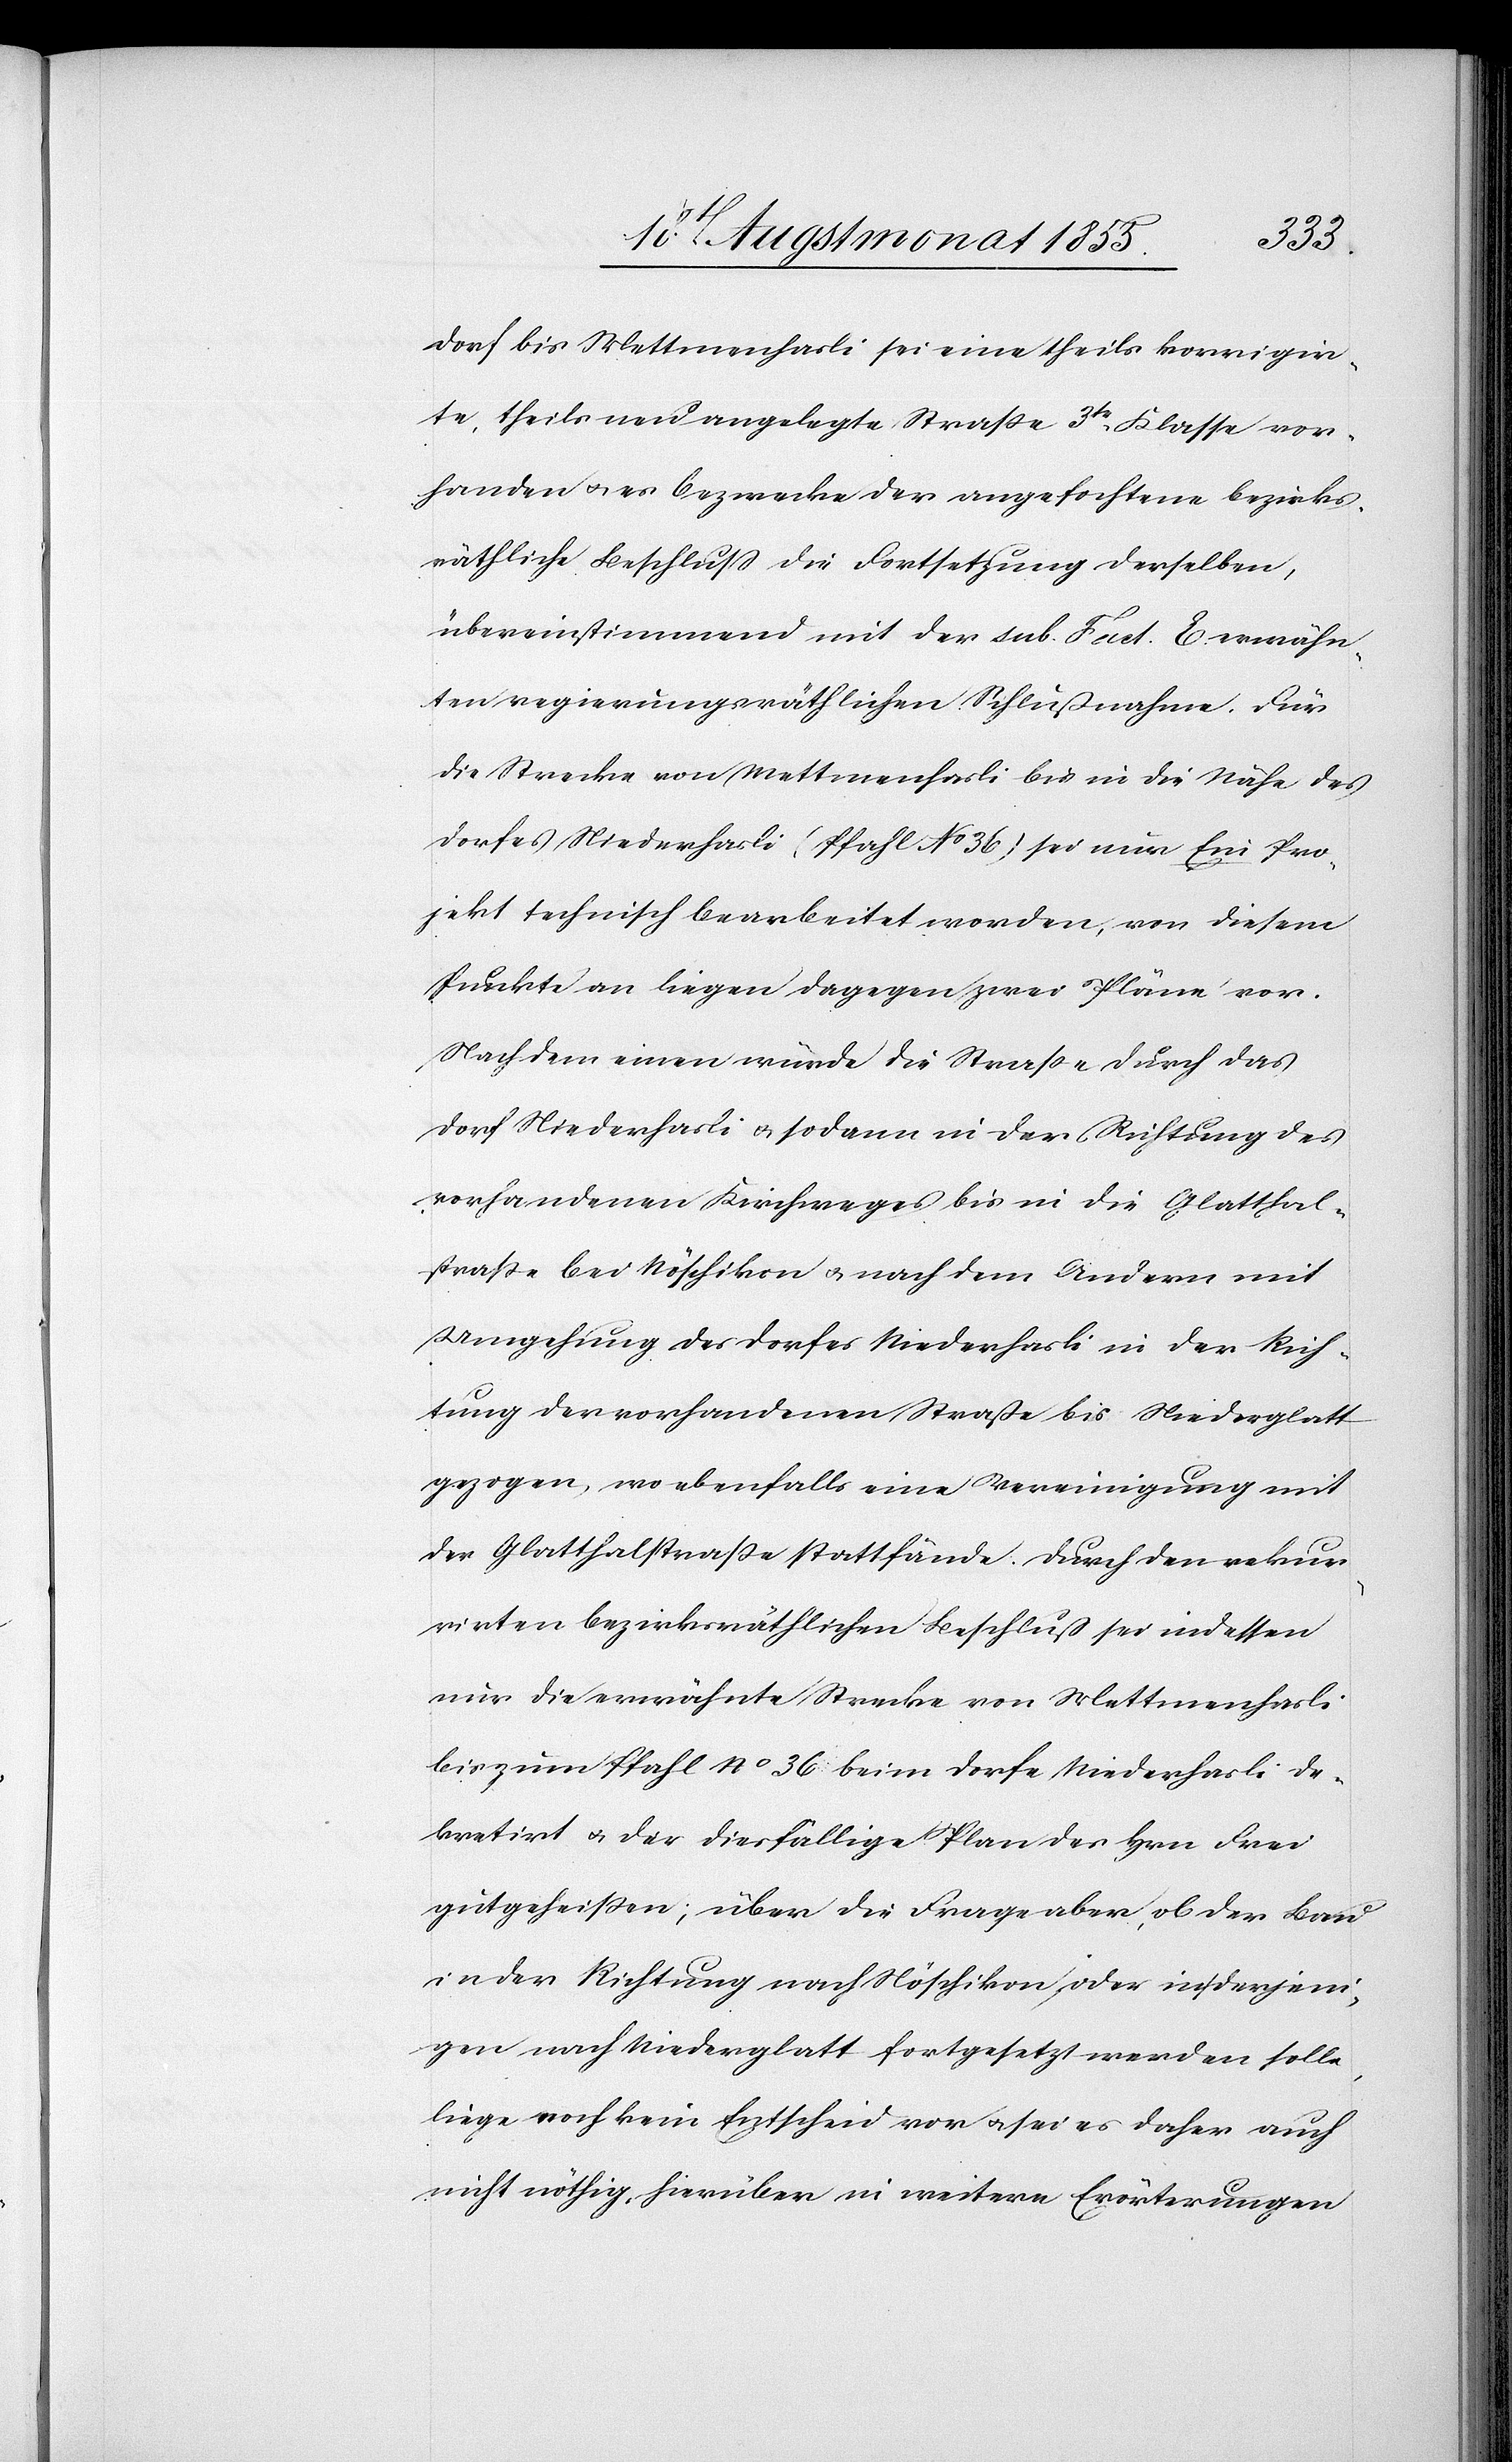
dorf bis Mettmenhasli sei eine theils korrigir¬
te, theils neu angelegte Straße 3tr. Klasse vor¬
handen & es bezwecke der angefochtene bezirks¬
räthliche Beschluss die Fortsetzung derselben,
übereinstimmend mit der sub. Fact. E. erwähn¬
ten regierungsräthlichen Schlußnahme. Für
die Strecke von Mettmenhasli bis in die Nähe des
Dorfes Niederhasli (Pfahl No 36) sei nur Ein Pro¬
jekt technisch bearbeitet worden, von diesem
Punkte an liegen dagegen zwei Pläne vor.
Nach dem einen würde die Straße durch das
Dorf Niederhasli & sodann in der Richtung des
vorhandenen Kirchweges bis in die Glatthal¬
straße bei Nöschikon & nach dem Andern mit
Umgehung des Dorfes Niederhasli in der Rich¬
tung der vorhandenen Straße bis Niederglatt
gezogen, wo ebenfalls eine Vereinigung mit
der Glatthalstraße stattfände. Durch den rekur¬
rirten bezirksräthlichen Beschluß sei indessen
nur die erwähnte Strecke von Mettmenhasli
bis zum Pfahl No 36 beim Dorfe Niederhasli de¬
kretirt & der diesfällige Plan des Hrn. Frei
gutgeheissen; über die Frage aber, ob der Bau
in der Richtung nach Nöschikon, oder in derjeni¬
gen nach Niederglatt fortgesetzt werden solle,
liege noch kein Entscheid vor & sei es daher auch
nicht nöthig, hierüber in weitere Erörterungen